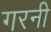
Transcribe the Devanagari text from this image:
गरनी